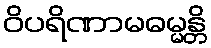
ဝိပရိဏာမဓမ္မန္တိ